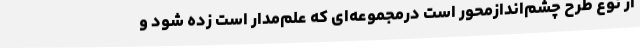
از نوع طرح چشم‌اندازمحور است درمجموعه‌ای که علم‌مدار است زده شود و